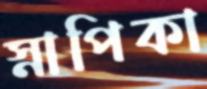
স্নাপিকা